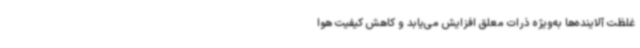
غلظت آلاینده‌ها به‌ویژه ذرات معلق افزایش می‌یابد و کاهش کیفیت هوا